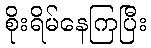
စိုးရိမ်နေကြပြီး